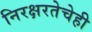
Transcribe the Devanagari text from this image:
निरक्षरतेचेही